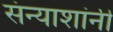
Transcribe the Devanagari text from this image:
संन्याशांनी